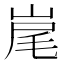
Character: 𡷱